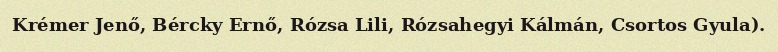
Krémer Jenő, Bércky Ernő, Rózsa Lili, Rózsahegyi Kálmán, Csortos Gyula).